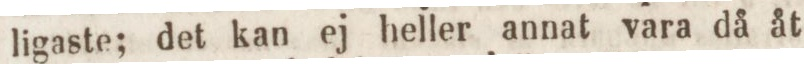
ligaste; det kan ej heller annat vara då åt